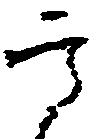
高